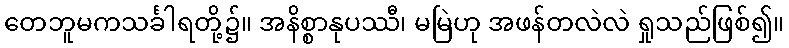
တေဘူမကသင်္ခါရတို့၌။ အနိစ္စာနုပဿီ၊ မမြဲဟု အဖန်တလဲလဲ ရှုသည်ဖြစ်၍။